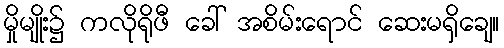
မှိုမျိုး၌ ကလိုရိုဖီ ခေါ် အစိမ်းရောင် ဆေးမရှိချေ။